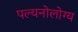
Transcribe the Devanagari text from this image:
पल्यनोलोग्य